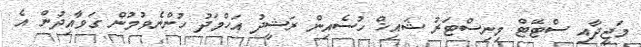
މަޖީދާއި ސްޓޭޓް މިނިސްޓަރު ޝައިޚް ހުސެއިން ރަޝީދު އަހްމަދު ހުންނެވުމުން ގަވާއިދުން އެ